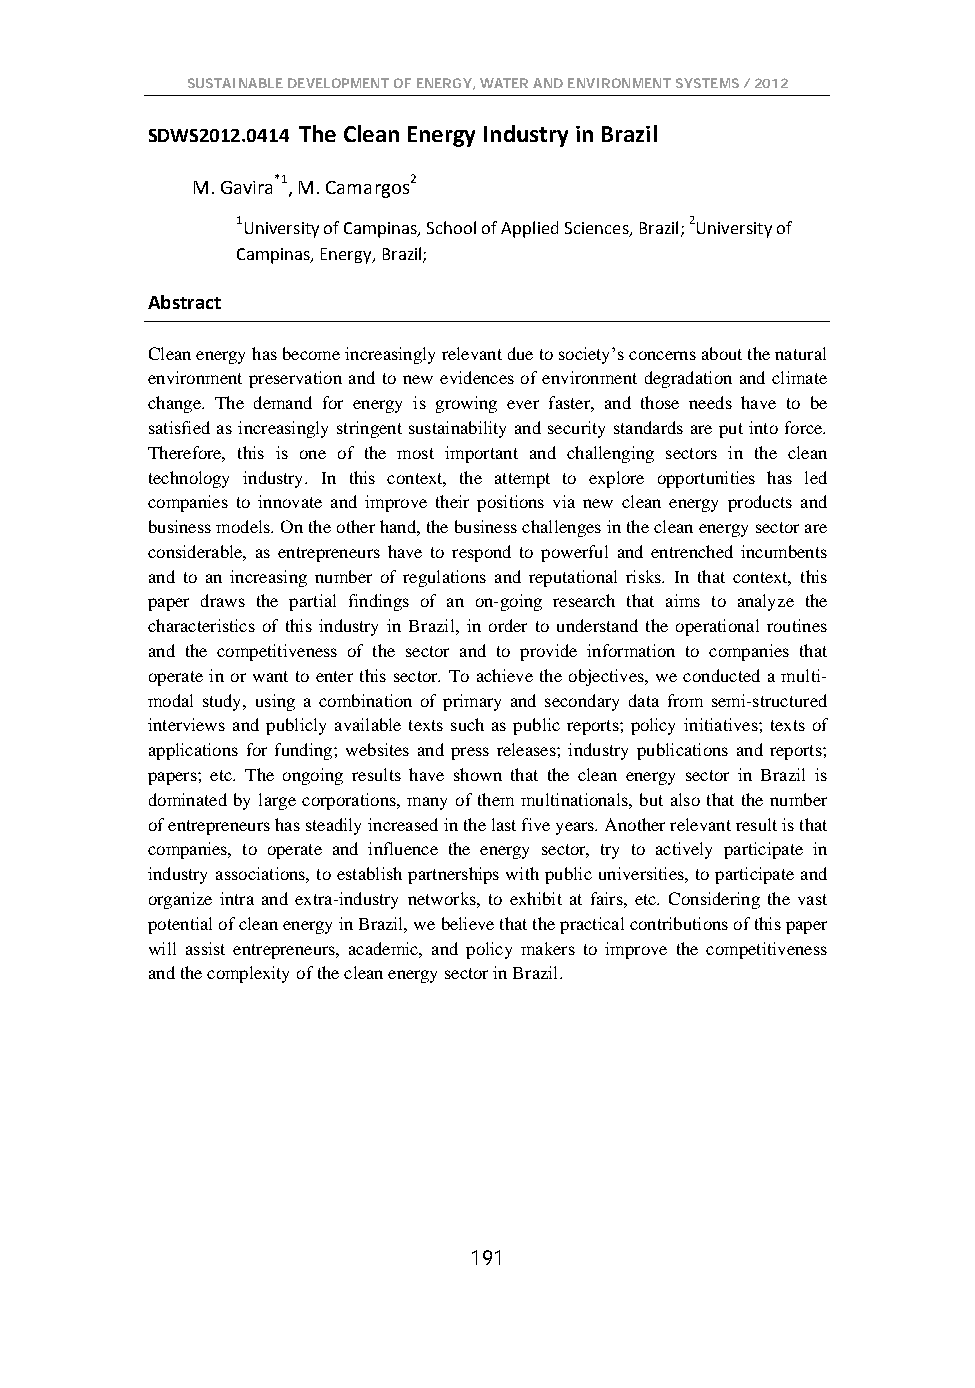
SUSTAINABLE DEVELOPMENT OF ENERGY, WATER AND ENVIRONMENT SYSTEMS / 2012
 SDWS2012.0414 The Clean Energy Industry in Brazil
 M. Gavira*1, M. Camargos2
 1University of Campinas, School of Applied Sciences, Brazil; 2University of
 Campinas, Energy, Brazil;
 Abstract
 Clean energy has become increasingly relevant due to society’s concerns about the natural
 environment preservation and to new evidences of environment degradation and climate
 change. The demand for energy is growing ever faster, and those needs have to be
 satisfied as increasingly stringent sustainability and security standards are put into force.
 Therefore, this is one of the most important and challenging sectors in the clean
 technology industry. In this context, the attempt to explore opportunities has led
 companies to innovate and improve their positions via new clean energy products and
 business models. On the other hand, the business challenges in the clean energy sector are
 considerable, as entrepreneurs have to respond to powerful and entrenched incumbents
 and to an increasing number of regulations and reputational risks. In that context, this
 paper draws the partial findings of an on-going research that aims to analyze the
 characteristics of this industry in Brazil, in order to understand the operational routines
 and the competitiveness of the sector and to provide information to companies that
 operate in or want to enter this sector. To achieve the objectives, we conducted a multi-
 modal study, using a combination of primary and secondary data from semi-structured
 interviews and publicly available texts such as public reports; policy initiatives; texts of
 applications for funding; websites and press releases; industry publications and reports;
 papers; etc. The ongoing results have shown that the clean energy sector in Brazil is
 dominated by large corporations, many of them multinationals, but also that the number
 of entrepreneurs has steadily increased in the last five years. Another relevant result is that
 companies, to operate and influence the energy sector, try to actively participate in
 industry associations, to establish partnerships with public universities, to participate and
 organize intra and extra-industry networks, to exhibit at fairs, etc. Considering the vast
 potential of clean energy in Brazil, we believe that the practical contributions of this paper
 will assist entrepreneurs, academic, and policy makers to improve the competitiveness
 and the complexity of the clean energy sector in Brazil.
 191